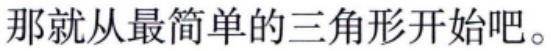
那就从最简单的三角形开始吧。